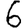
Digit: 6